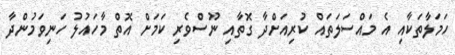
ހަމަލާތަކާއި އެ މައްސަލަތައް ކުރިއަށްދާ ގޮތާއި ނޫސްވެރި ކަމަށް އޮތް މާހައުލު ހަނިވަމުންދާ